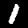
Label: 1